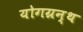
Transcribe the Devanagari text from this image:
योगग्रन्थ